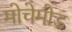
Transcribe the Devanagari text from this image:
मोचेमोड